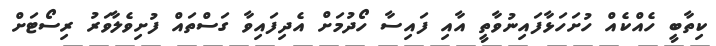
ކިތާބީ ހެއްކެއް ހުށަހަޅާފައިނުވާތީ އާއި ފައިސާ ހޯދުމަށް އެދިފައިވާ ގަސްތައް ފުށިވެލާވަރު ރިސޯޓަށް